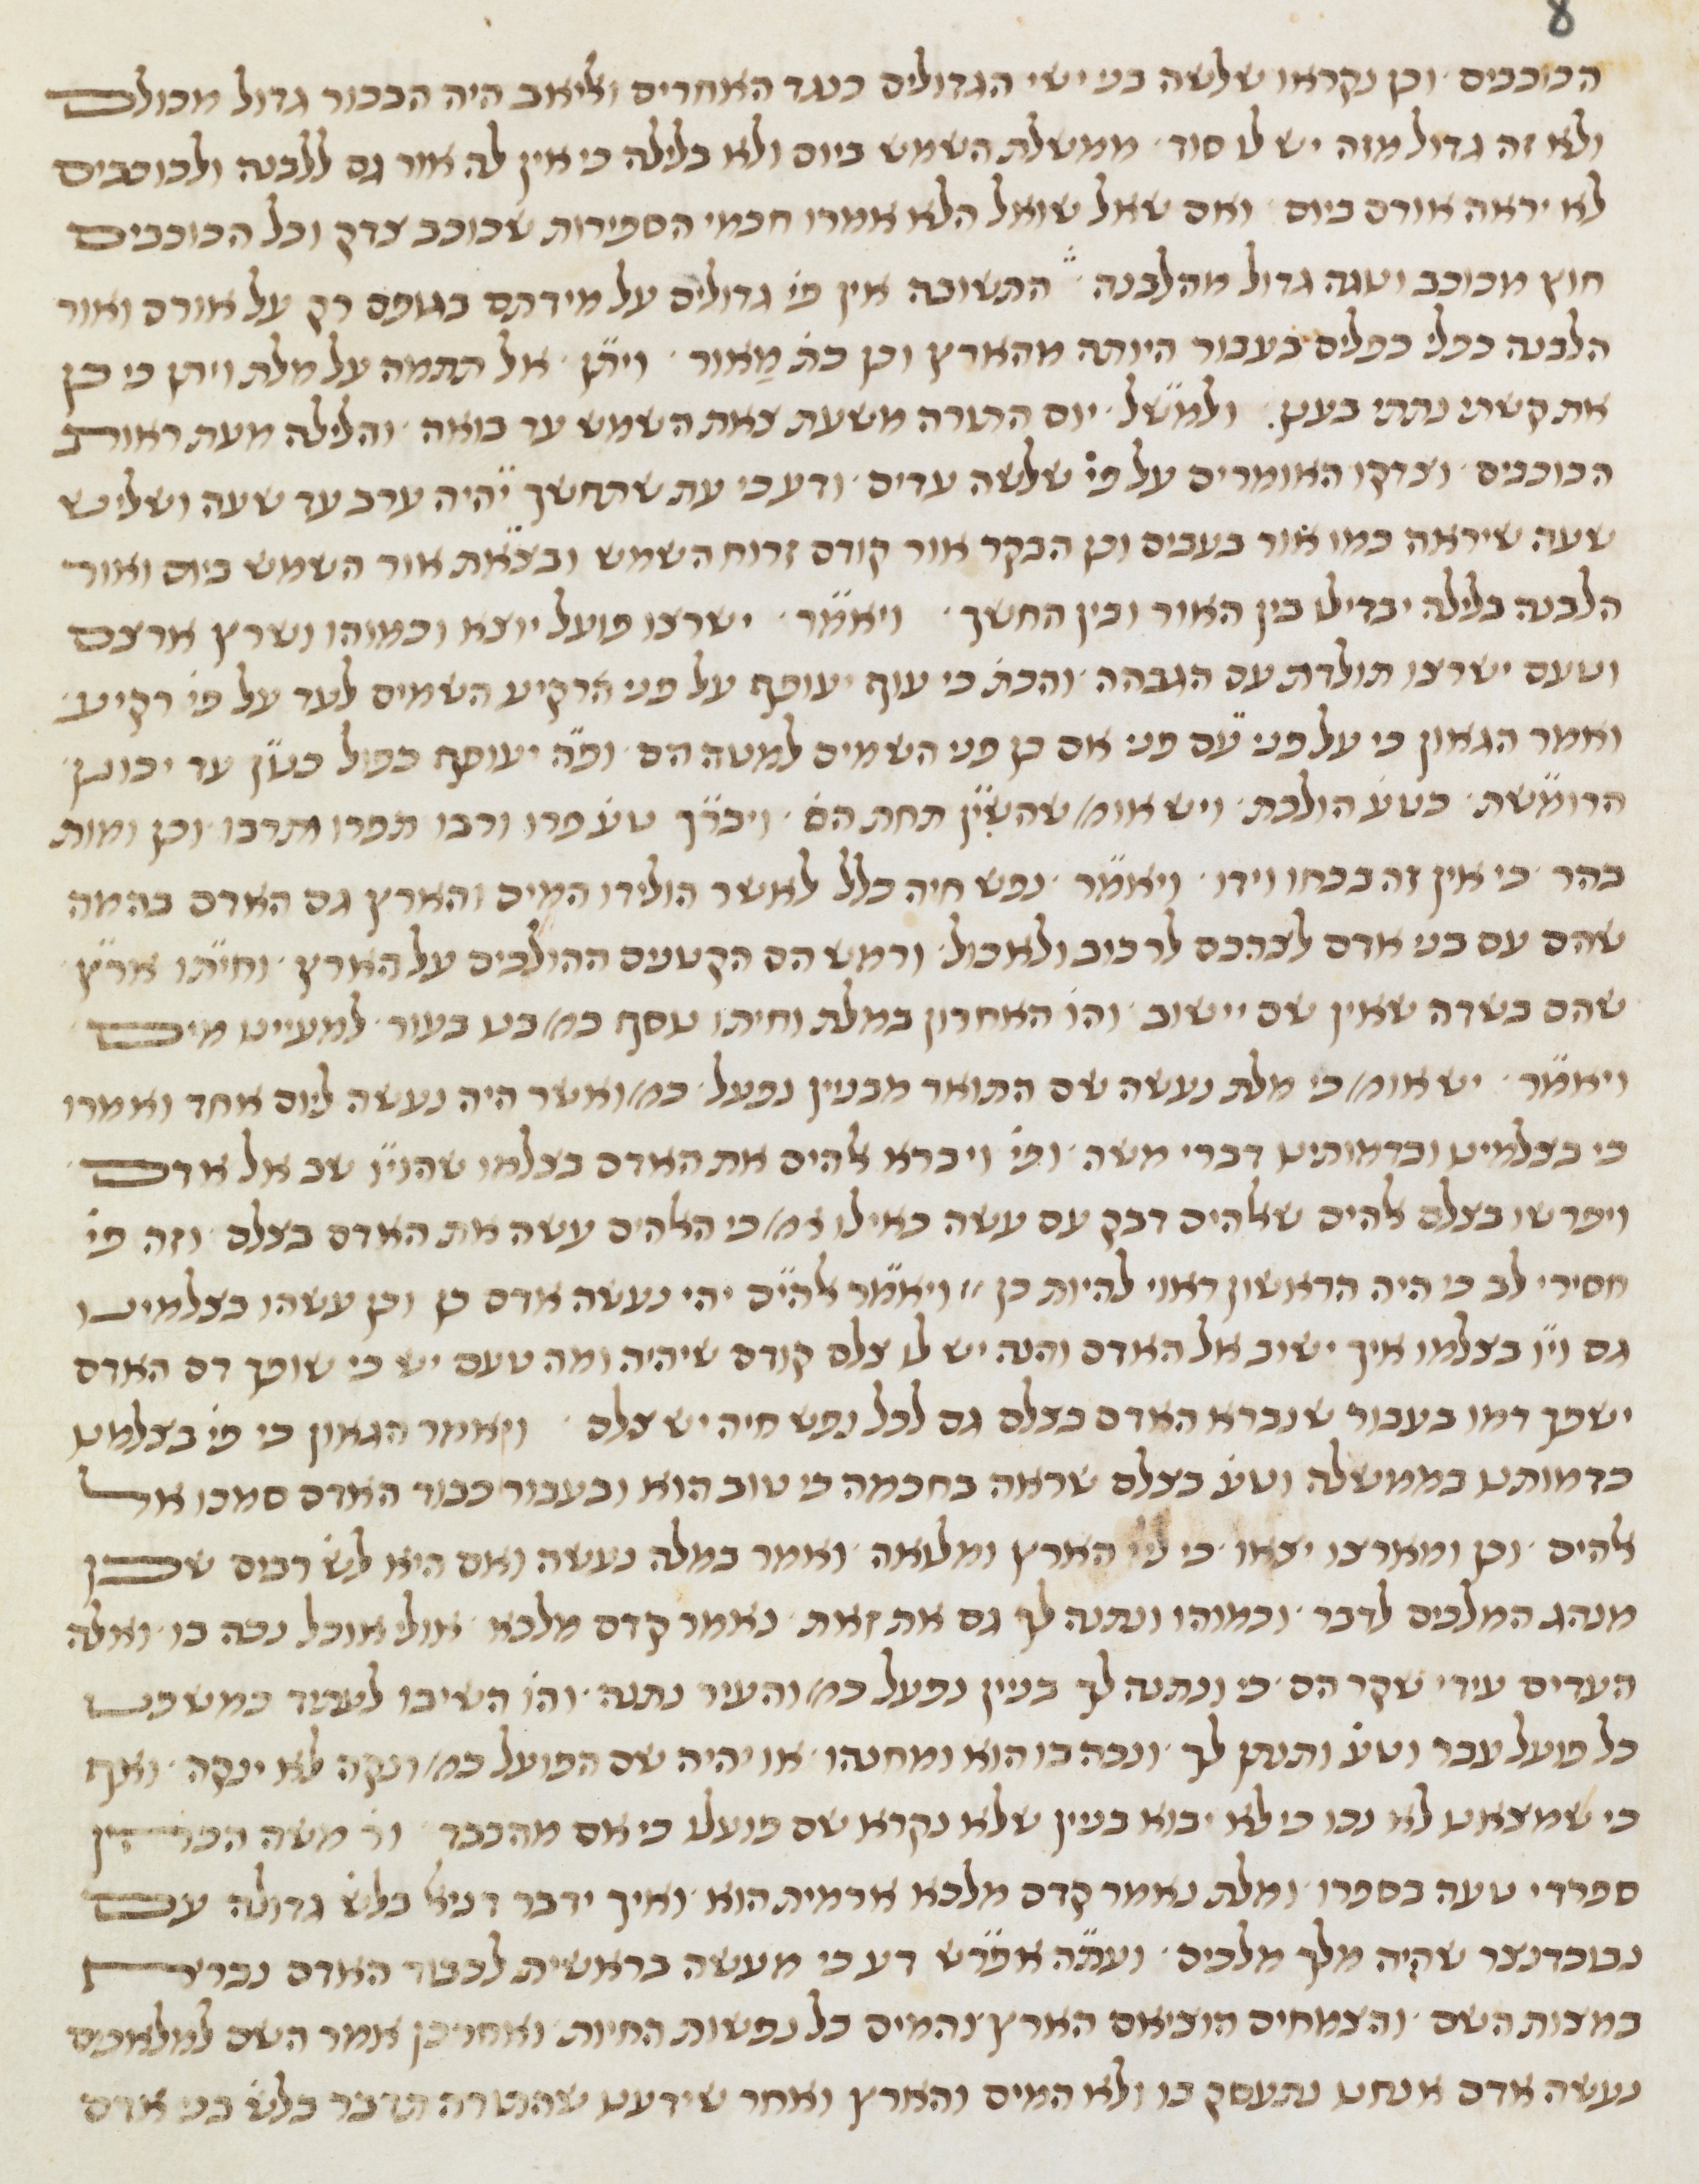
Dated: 1450–1499